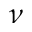
\nu